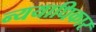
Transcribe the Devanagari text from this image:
न्ययाधिकार